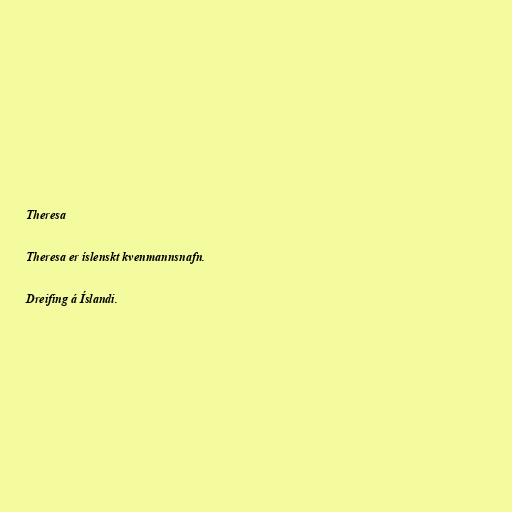
Theresa

Theresa er íslenskt kvenmannsnafn.

Dreifing á Íslandi.